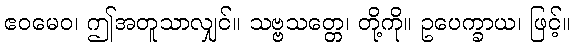
ဧဝမေဝ၊ ဤအတူသာလျှင်။ သဗ္ဗသတ္တေ၊ တို့ကို။ ဥပေက္ခာယ၊ ဖြင့်။